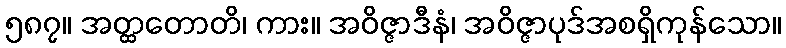
၅၈၇။ အတ္ထတောတိ၊ ကား။ အဝိဇ္ဇာဒီနံ၊ အဝိဇ္ဇာပုဒ်အစရှိကုန်သော။